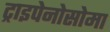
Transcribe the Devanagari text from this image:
ट्राइपेनोसोमा